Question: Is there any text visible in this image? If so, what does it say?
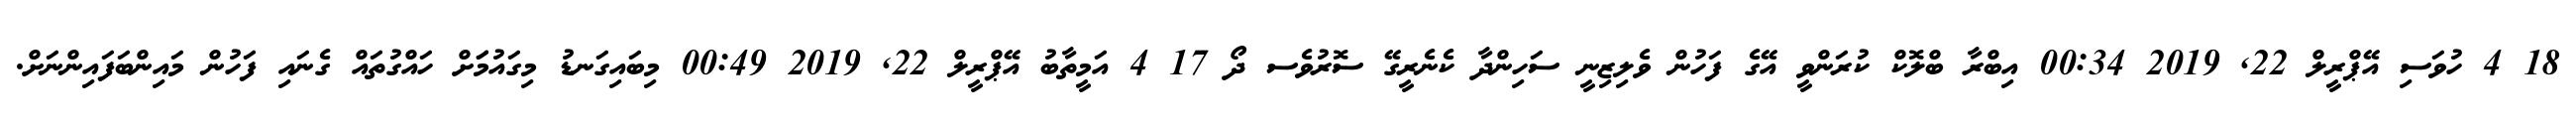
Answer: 18 4 ހުވަސި އޭޕްރީލް 22, 2019 00:34 އިބްރާ ބްލޮކް ކުރަންވީ އޭގެ ފަހުން ވެލިޒިނީ ސަހިންދާ ކެނެރީގޭ ސޮރުވެސ ދޯ 17 4 އަމީތާބު އޭޕްރީލް 22, 2019 00:49 މިބައިގަނޑު މިގައުމަަށް ހައްގުތައް ގެނައި ފަހުން މައިންބަފައިންނަށް.